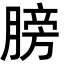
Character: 膀